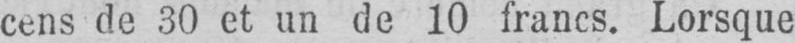
cens de 30 et un de 10 francs. Lorsque